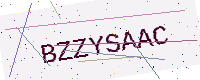
Text: BZZYSAAC